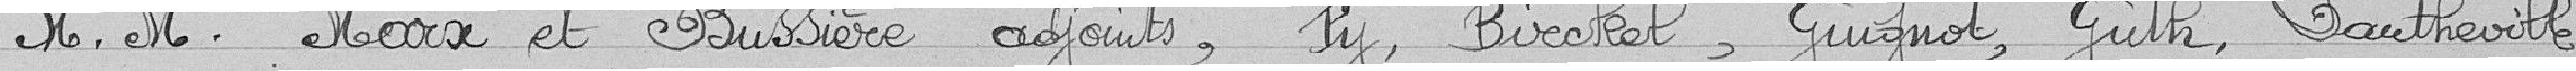
MM. marx et Bussière adjoints, Py, Birckel, Guignot, Guth, Dautheville